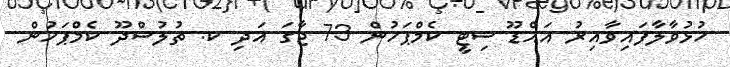
ހުޅުވާލާފައިވާއިރު އައްޑޫ ސިޓީ ކެމްޕަހުން 73 ޖާގަ އަދި ކ. ތުލުސްދޫ ކެމްޕަހުން